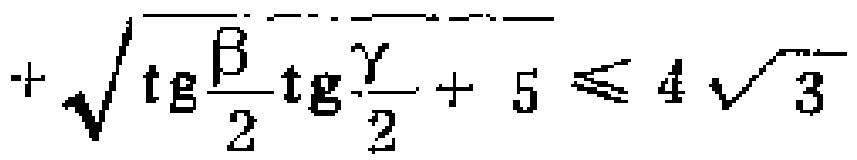
解：(1)代入(3)得